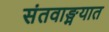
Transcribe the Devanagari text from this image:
संतवाङ्मयात